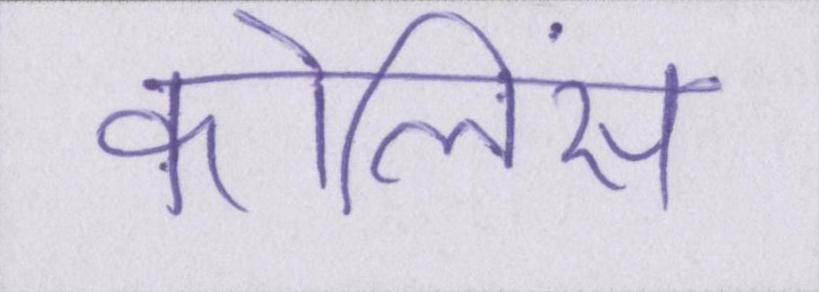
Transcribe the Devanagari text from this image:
कोलिंस